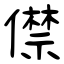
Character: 僸